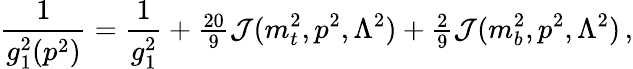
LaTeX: {\frac{1}{g_{1}^{2}(p^{2})}}={\frac{1}{g_{1}^{2}}}+{\textstyle{\frac{20}{9}}}{\cal J}(m_{t}^{2},p^{2},\Lambda^{2})+{\textstyle{\frac{2}{9}}}{\cal J}(m_{b}^{2},p^{2},\Lambda^{2})\, ,